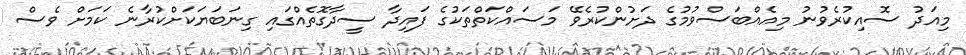
މިއަދު ސޮއިކުރެވުނު މިއެއްބަސްވުމުގެ ދަށުންކުރެވޭ މަސައްކަތްތަކުގެ ފައިދާ ސީދާގޮތެއްގައި ގިނަބަޔަކަށްކުރާނެ ކަމަށް ވެސް